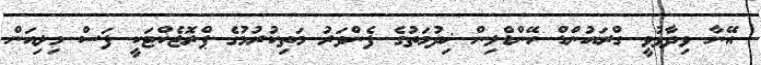
އޭނާ ވިދާޅުވީ ގްރައުންޑް ހޭންޑްލިން ޚިދުމަތުގެ ފެންވަރު މަތިކުރުމުގެ ޕްރޮޖެކްޓަކީ ފަސް މިލިއަން